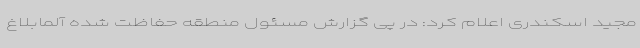
مجید اسکندری اعلام کرد: در پی گزارش مسئول منطقه حفاظت شده آلمابلاغ